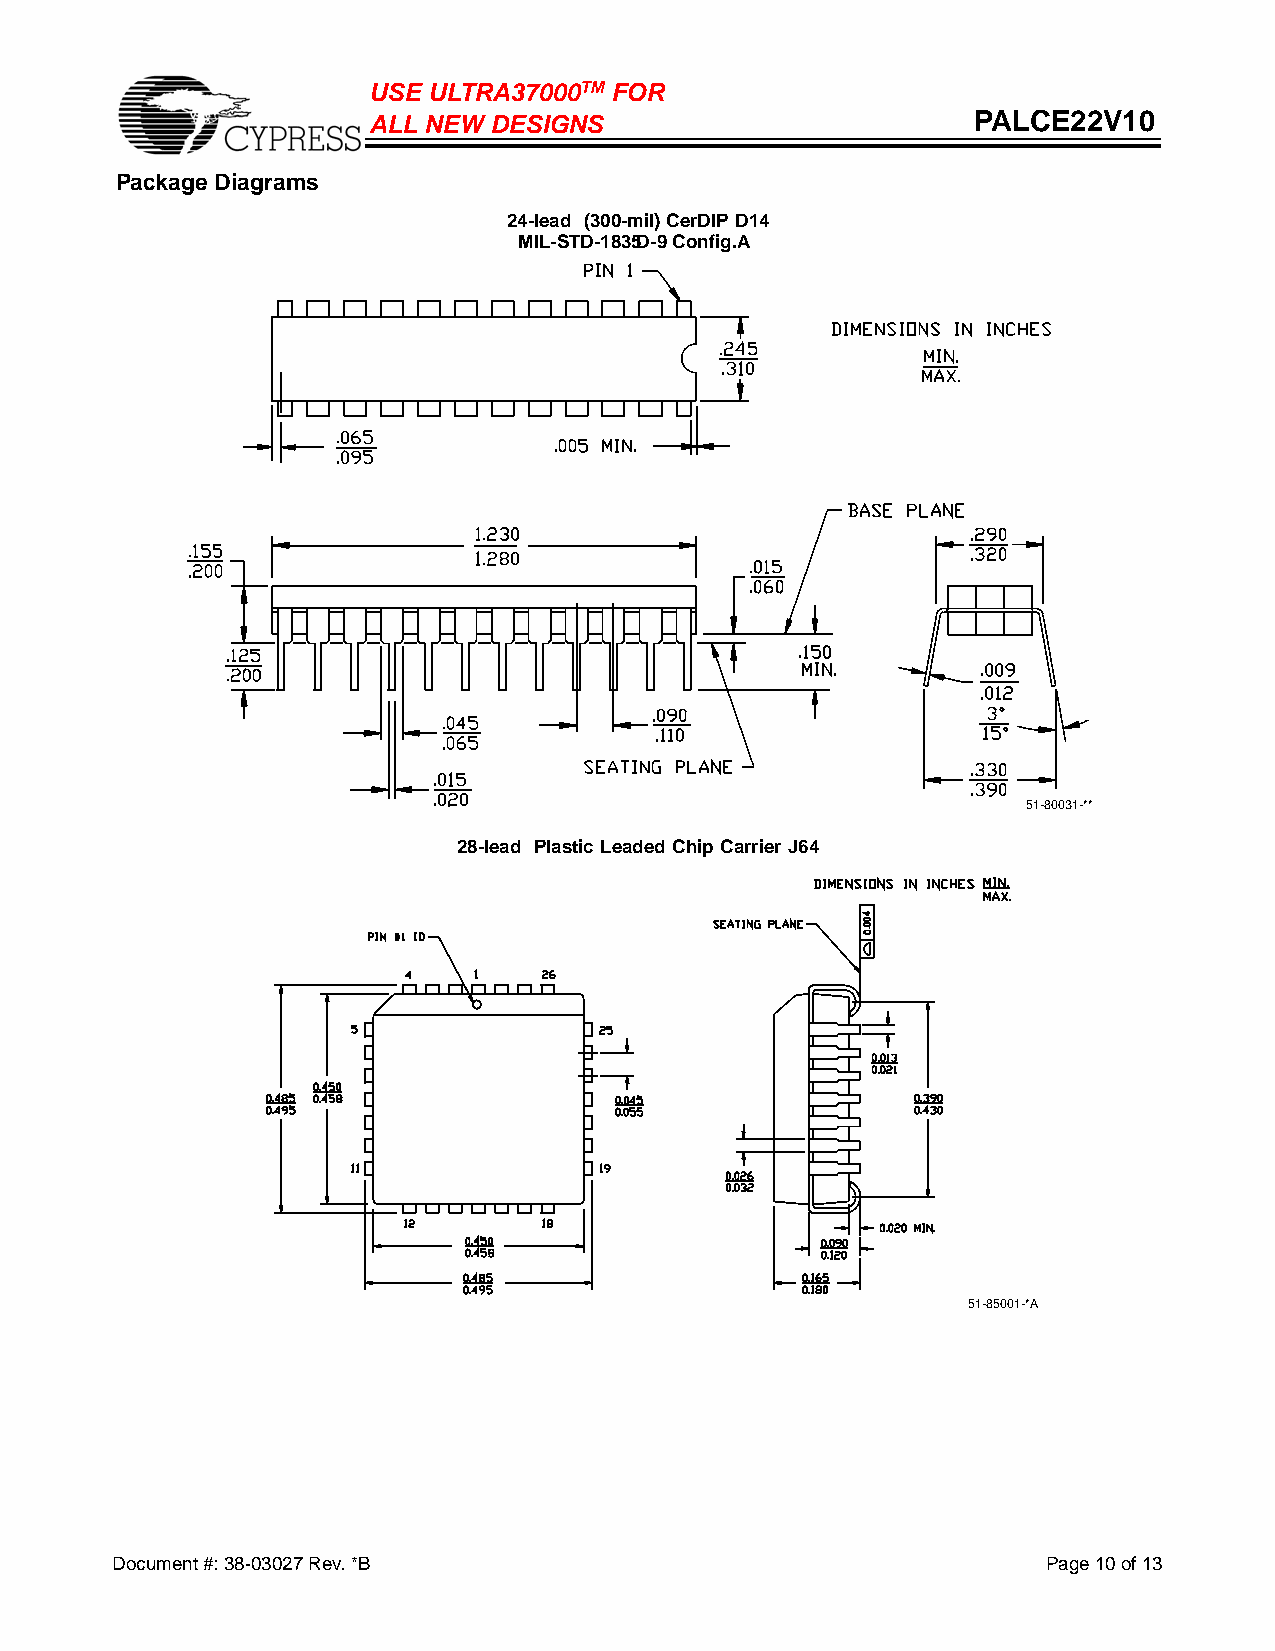
USE ULTRA37000TM FO R
 ALL NEW DESIGNS                         PALCE22V10
 P ackage Diagrams
 24-lead (300-mil)CerDIPD14
 MIL-STD-1835D-9Config.A
 51-80031-**
 28-lead Plastic Leaded ChipCarrier J64
 51-85001-*A
 Document #: 38-03027 Rev. *B                                  Page 10 of 13